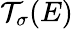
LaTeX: \mathcal{T}_{\sigma}(E)